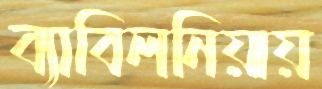
ব্যাবিলনিয়ায়